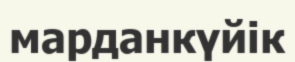
марданкүйік